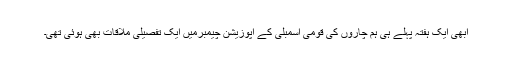
ابھی ایک ہفتہ پہلے ہی ہم چاروں کی قومی اسمبلی کے اپوزیشن چیمبرمیں ایک تفصیلی ملاقات بھی ہوئی تھی۔